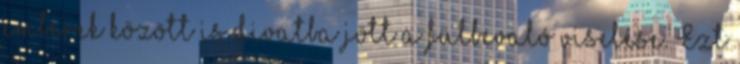
emberek között is divatba jött a fülbevaló viselése. Ezt